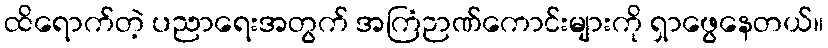
ထိရောက်တဲ့ ပညာရေးအတွက် အကြံဉာဏ်ကောင်းများကို ရှာဖွေနေတယ်။